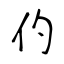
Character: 仢